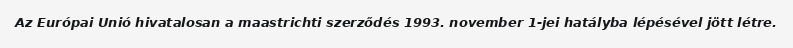
Az Európai Unió hivatalosan a maastrichti szerződés 1993. november 1-jei hatályba lépésével jött létre.